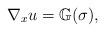
LaTeX: \begin{align*}\nabla_x u = \mathbb{G} (\sigma),\end{align*}